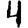
Digit: 4